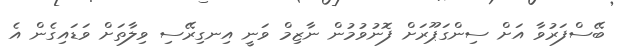
ބޭސްފަރުވާ އަށް ސިންގަޕޫރަށް ފޮނުވުމުން ނާޒިމް ވަނީ އިނގިރޭސި ވިލާތަށް ވަޑައިގެން އެ